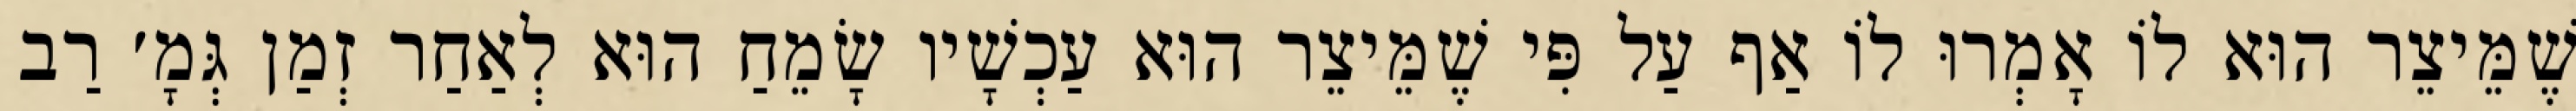
שֶׁמֵּיצֵר הוּא לוֹ אָמְרוּ לוֹ אַף עַל פִּי שֶׁמֵּיצֵר הוּא עַכְשָׁיו שָׂמֵחַ הוּא לְאַחַר זְמַן גְּמָ׳ רַב